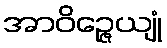
အာဝိဉ္ဇေယျုံ